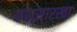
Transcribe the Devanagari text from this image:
कपासारखा